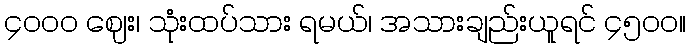
၄၀၀၀ ဈေး၊ သုံးထပ်သား ရမယ်၊ အသားချည်းယူရင် ၄၅၀၀။